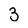
Character: 3